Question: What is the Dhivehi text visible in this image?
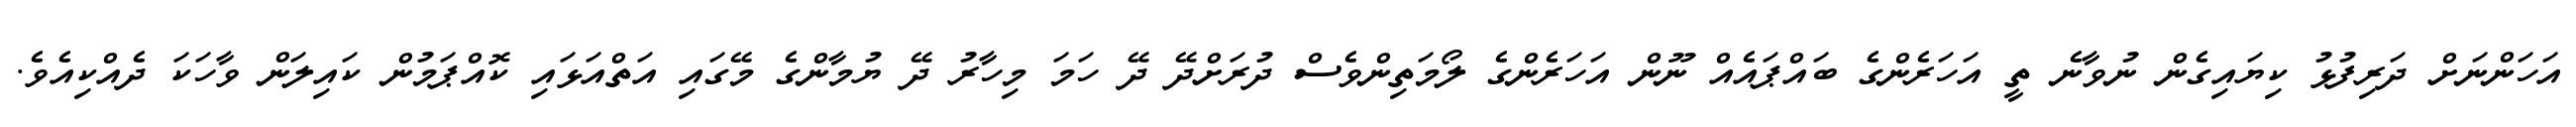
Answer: އަހަންނަށް ދަރިފުޅު ކިޔައިގެން ނުވާނެ ތީ އަހަރެންގެ ބައްޕައެއް ނޫން އަހަރެންގެ ލޯމަތިންވެސް ދުރަށްދޭ ދޭ ހަމަ މިހާރު ދޭ ޔުމާންގެ މޭގައި އަތްއަޅައި ކޮއްޕަމުން ކައިލަން ވާހަކަ ދެއްކިއެވެ.